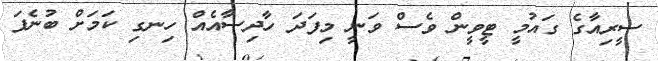
ސީރިއާގެ ގައުމީ ޓީވީން ވެސް ވަނީ މިފަދަ ހާދިސާއެއް ހިނގި ކަމަށް ބުނެފަ